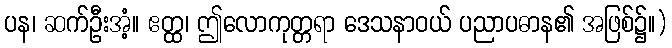
ပန၊ ဆက်ဦးအံ့။ ဧတ္ထ၊ ဤလောကုတ္တရာ ဒေသနာဝယ် ပညာပဓာန၏ အဖြစ်၌။)